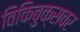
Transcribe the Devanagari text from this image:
विकिबुक्सवर